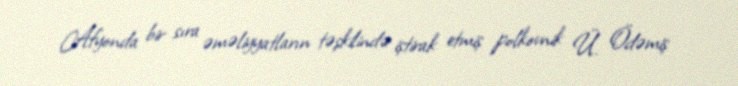
Afyonda bir sıra əməliyyatların təşkilində iştirak etmiş polkovnik Ü. Ödəmiş